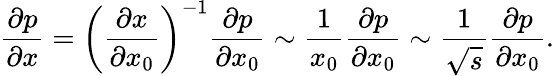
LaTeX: \frac{\partial p}{\partial x}=\left(\frac{\partial x}{\partial x_{0}}\right)^{-1}\frac{\partial p}{\partial x_{0}}\sim\frac{1}{x_{0}}\frac{\partial p}{\partial x_{0}}\sim\frac{1}{\sqrt{s}}\frac{\partial p}{\partial x_{0}}.